Report on horse surra - Volume II, Part II
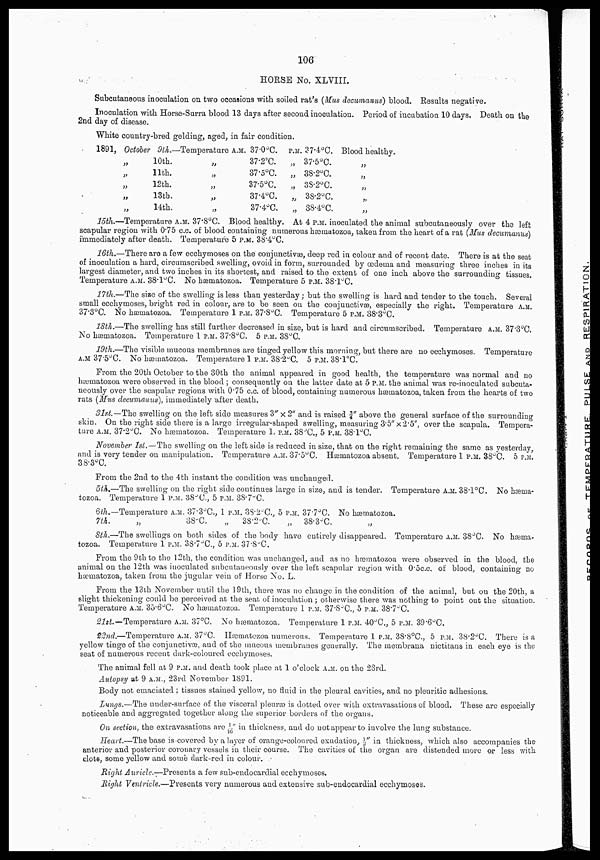
106
HORSE No. XLVIII.
Subcutaneous inoculation on two occasions with soiled rat's (Mus decumanus) blood. Results negative.
Inoculation with Horse-Surra blood 13 days after second inoculation. Period of incubation 10 days. Death on the
2nd day of disease.
White country-bred gelding, aged, in fair condition.
1891, October
„
„
„
„
„
9th.—Temperature A.M.
10th.
11th.
12th.
13th.
14th.
„
„
„
„
„
37.0°C.
37.2°C.
37.5°C.
37.5°C.
37.4°C.
37.4°C.
P.M. 37.4°C.
„ 37.5°C.
„ 38.2°C.
„ 38.2°C.
„ 38.2°C.
„ 38.4°C.
Blood healthy.
„
„
„
„
„
15th.—Temperature A.M. 37.8°C. Blood healthy. At 4 P.M. inoculated the animal subcutaneously over the left
scapular region with 0.75 c.c. of blood containing numerous hæmatozoa, taken from the heart of a rat (Mus decumanus)
immediately after death. Temperature 5 P.M. 38.4°C.
16th.—There are a few ecchymoses on the conjunctivæ, deep red in colour and of recent date. There is at the seat
of inoculation a hard, circumscribed swelling, ovoid in form, surrounded by œdema and measuring three inches in its
largest diameter, and two inches in its shortest, and raised to the extent of one inch above the surrounding tissues.
Temperature A.M. 38.1°C. NO hæmatozoa. Temperature 5 P.M. 38.1°C.
17th.—The size of the swelling is less than yesterday ; but the swelling is hard and tender to the touch. Several
small ecchymoses, bright red in colour, are to be seen on the conjunctivæ, especially the right. Temperature A.M.
37.3°C. No hæmatozoa. Temperature 1 P.M. 37.8°C. Temperature 5 P.M. 38.3°C.
18th.—The swelling has still further decreased in size, but is hard and circumscribed. Temperature A.M. 37.3°C.
No hæmatozoa. Temperature 1 P.M. 37.8°C. 5 P.M. 38°C.
19th.—The visible mucous membranes are tinged yellow this morning, but there are no ecchymoses. Temperature
A.M. 37.5°C. No hæmatozoa. Temperature 1 P.M. 38.2°C. 5 P.M. 38.1°C.
From the 20th October to the 30th the animal appeared in good health, the temperature was normal and no
hæmatozoa were observed in the blood ; consequently on the latter date at 5 P.M. the animal was re-inoculated subcuta-
neously over the scapular regions with 0.75 c.c. of blood, containing numerous hæmatozoa, taken from the hearts of two
rats (Mus decumanus), immediately after death.
31st.—The swelling on the left side measures 3"×2" and is raised ¾" above the general surface of the surrounding
skin. On the right side there is a large irregular-shaped swelling, measuring 3.5"×2.5", over the scapula. Tempera-
ture A.M. 37.2°C. No hæmatozoa. Temperature 1. P.M. 38°C., 5 P.M. 38.1°C.
November 1st.—The swelling on the left side is reduced in size, that on the right remaining the same as yesterday,
and is very tender on manipulation. Temperature A.M. 37.5°C. Hæmatozoa absent. Temperature 1 P.M. 38°C. 5 P.M.
38.3°C.
From the 2nd to the 4th instant the condition was unchanged.
5th.—The swelling on the right side continues large in size, and is tender. Temperature A.M. 38.1°C. No hæma-
tozoa. Temperature 1 P.M. 38°C., 5 P.M. 38.7°C.
6th.—Temperature A.M. 37.3°C., 1 P.M. 38.2°C., 5 P.M. 37.7°C. No hæmatozoa.
7th.
„
38°C.
„
38.2°C.
„
38.3°C.
8th.—The swellings on both sides of the body have entirely disappeared. Temperature A.M. 38°C. No hæma-
tozoa. Temperature 1 P.M. 38.7°C., 5 P.M. 37.8°C.
From the 9th to the 12th, the condition was unchanged, and as no hæmatozoa were observed in the blood, the
animal on the 12th was inoculated subcutaneously over the left scapular region with 0.5c.c. of blood, containing no
hæmatozoa, taken from the jugular vein of Horse No. L.
From the 13th November until the 19th, there was no change in the condition of the animal, but on the 20th, a
slight thickening could be perceived at the seat of inoculation ; otherwise there was nothing to point out the situation.
Temperature A.M. 35.6°C. NO hæmatozoa. Temperature 1 P.M. 37.8°C., 5 P.M. 38.7°C.
21st.—Temperature A.M. 37°C. No hæmatozoa. Temperature 1 P.M. 40°C., 5 P.M. 39.6°C.
22nd.—Temperature A.M. 37°C. Hæmatozoa numerous. Temperature 1 P.M. 38.8°C., 5 P.M. 38.2°C. There is a
yellow tinge of the conjunctivæ, and of the mucous membranes generally. The membrana nictitans in each eye is the
seat of numerous recent dark-coloured ecchymoses.
The animal fell at 9 P.M. and death took place at 1 o'clock A.M. on the 23rd.
Autopsy at 9 A.M., 23rd November 1891.
Body not emaciated ; tissues stained yellow, no fluid in the pleural cavities, and no pleuritic adhesions.
Lungs.—The under-surface of the visceral pleuræ is dotted over with extravasations of blood. These are especially
noticeable and aggregated together along the superior borders of the organs.
On section, the extravasations are 1/16" in thickness, and do not appear to involve the lung substance.
Heart.—The base is covered by a layer of orange-coloured exudation, ½" in thickness, which also accompanies the
anterior and posterior coronary vessels in their course. The cavities of the organ are distended more or less with
clots, some yellow and some dark-red in colour.
Right Auricle.—Presents a few sub-endocardial ecchymoses.
Right Ventricle.—Presents very numerous and extensive sub-endocardial ecchymoses.